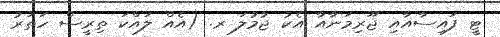
ޓީ ފައިސާއާއި ޖޫރިމަނާއާ އެކު ޖުމުލަ ރ. (އެއް ލައްކަ ތިރީސް ހަތަރު